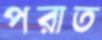
পরাত